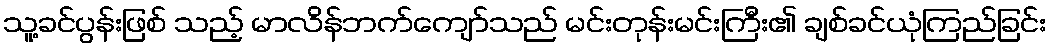
သူ့ခင်ပွန်းဖြစ် သည့် မာလိန်ဘက်ကျော်သည် မင်းတုန်းမင်းကြီး၏ ချစ်ခင်ယုံကြည်ခြင်း